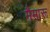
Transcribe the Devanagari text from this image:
मैमारू